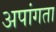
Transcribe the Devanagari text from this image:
अपांगता